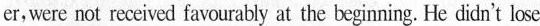
er，wre not rexeived favurably at the beginning. He didn't lose